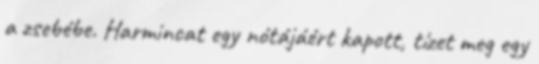
a zsebébe. Harmincat egy nótájáért kapott, tízet meg egy